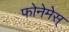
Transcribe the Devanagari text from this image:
फोनेमेस्